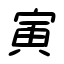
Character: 寅